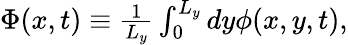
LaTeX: \begin{array}{r}{\Phi(x,t)\equiv\frac{1}{L_{y}}\int_{0}^{L_{y}}dy\phi(x,y,t),}\end{array}